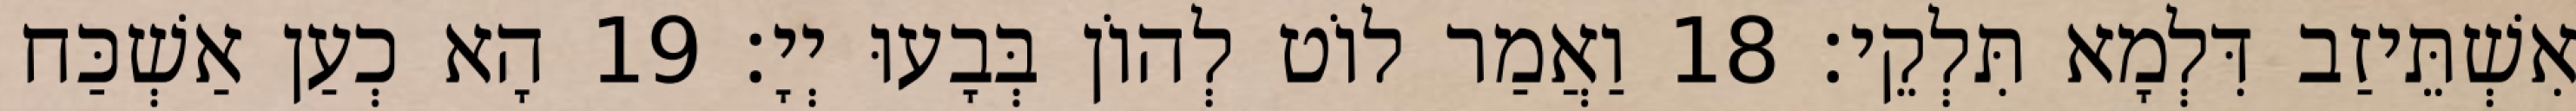
אִשְׁתֵּיזַב דִּלְמָא תִּלְקֵי׃ 18 וַאֲמַר לוֹט לְהוֹן בְּבָעוּ יְיָ׃ 19 הָא כְעַן אַשְׁכַּח